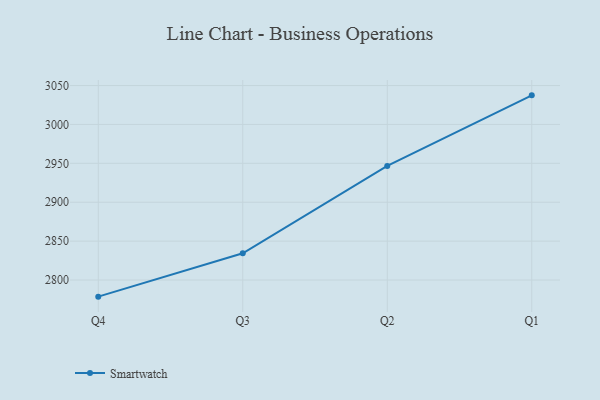
{"axis": {"x": "Quarter", "y": "Conversion Rate (%)"}, "legend": ["Smartwatch"], "data": [{"x": "Q4", "y": 2778.6, "type": "Smartwatch"}, {"x": "Q3", "y": 2834.4, "type": "Smartwatch"}, {"x": "Q2", "y": 2946.7, "type": "Smartwatch"}, {"x": "Q1", "y": 3037.4, "type": "Smartwatch"}]}